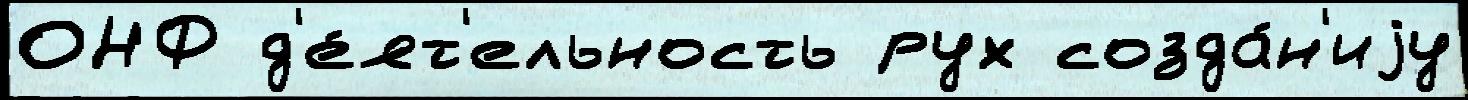
ОНФ д'е́ят'ельность рух созда́н'иjу